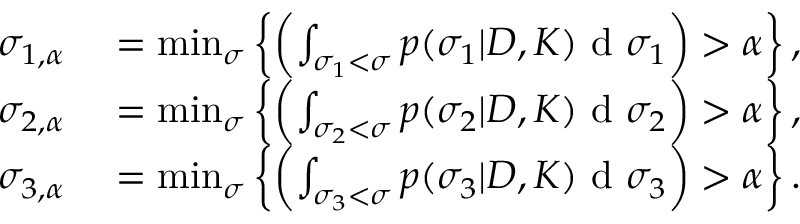
\begin{array} { r l } { \sigma _ { 1 , \alpha } } & { { } = \operatorname* { m i n } _ { \sigma } \left\{ \left( \int _ { \sigma _ { 1 } < \sigma } p ( \sigma _ { 1 } | D , K ) \textup { d } \sigma _ { 1 } \right) > \alpha \right\} , } \\ { \sigma _ { 2 , \alpha } } & { { } = \operatorname* { m i n } _ { \sigma } \left\{ \left( \int _ { \sigma _ { 2 } < \sigma } p ( \sigma _ { 2 } | D , K ) \textup { d } \sigma _ { 2 } \right) > \alpha \right\} , } \\ { \sigma _ { 3 , \alpha } } & { { } = \operatorname* { m i n } _ { \sigma } \left\{ \left( \int _ { \sigma _ { 3 } < \sigma } p ( \sigma _ { 3 } | D , K ) \textup { d } \sigma _ { 3 } \right) > \alpha \right\} . } \end{array}